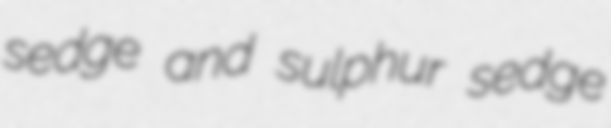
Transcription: sedge and sulphur sedge